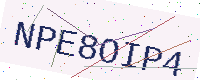
Text: NPE8OIP4